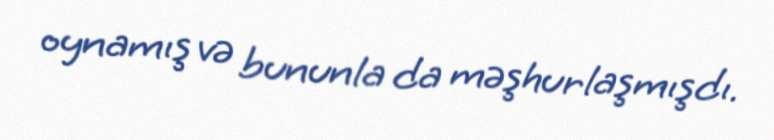
oynamış və bununla da məşhurlaşmışdı.